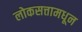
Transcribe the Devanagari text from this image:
लोकसत्तामधून